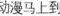
动漫马上到